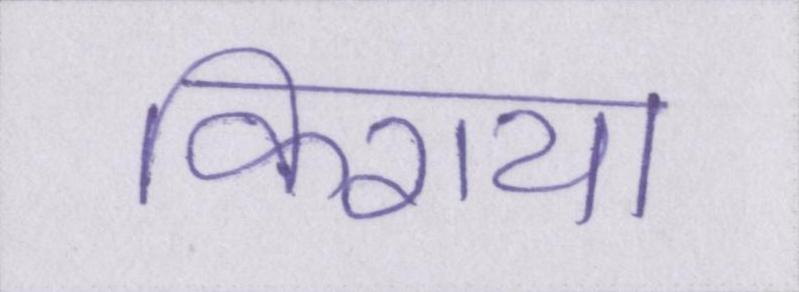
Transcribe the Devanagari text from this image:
किराया